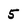
Character: 5